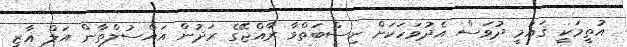
އުތީމަކީ ޤައުމީ ދުވަސް އެދުވަހަކަށް ނިސްބަތްވާ ރާއްޖޭގެ ރަދުން އައްސުލްތާން އަލް ޣާޒީ